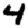
Digit: 4